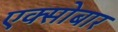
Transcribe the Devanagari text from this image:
एक्सोबार